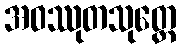
အဝဿုတသုတ္တေ